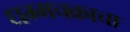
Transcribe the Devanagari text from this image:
धम्मचक्राचा